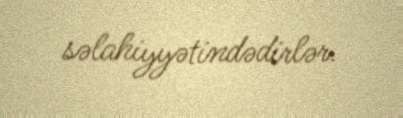
səlahiyyətindədirlər.